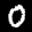
Label: 0